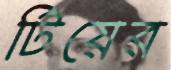
টিয়ের